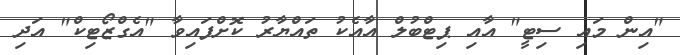
"އިން މައި ސިޓީ" އާއި ޕިޓްބުލް އާއެކު ތައްޔާރު ކޮށްފައިވާ "އެގްޒޯޓިކް" އަދި